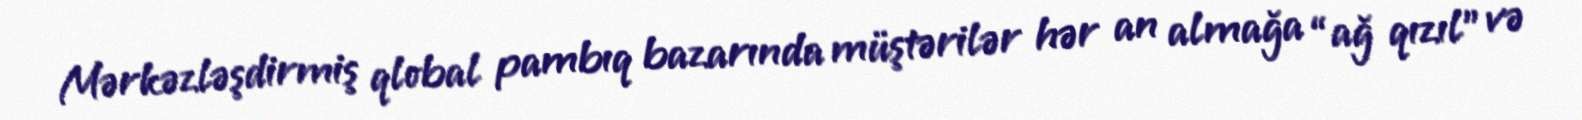
Mərkəzləşdirmiş qlobal pambıq bazarında müştərilər hər an almağa “ağ qızıl” və